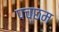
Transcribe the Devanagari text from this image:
पच्छम